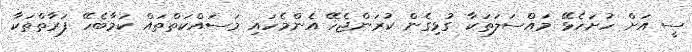
ސީ އަށް ހުށަހެޅޭ މައްސަލަތަކާ ގުޅިގެން ކުރަންޖެހޭ އެންމެހައި މަސައްކަތްތައް ކަމާބެހޭ ފަރާތްތަކާ